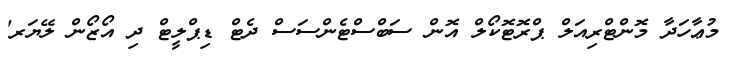
މުޢާހަދާ މޮންޓްރިއަލް ޕްރޮޓޮކޯލް އޮން ސަބްސްޓެންސަސް ދެޓް ޑިޕްލީޓް ދި އޯޒޯން ލޭޔަރ'